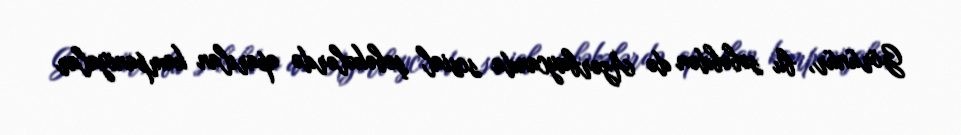
Görünür, bu səbəbdən də Azərbaycanda sosial şəbəkələrdə aparılan kampaniyalar